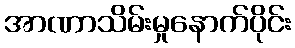
အာဏာသိမ်းမှုနောက်ပိုင်း